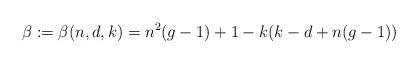
LaTeX: \begin{align*}\beta := \beta(n,d,k) = n^2(g - 1) + 1 - k(k - d + n(g - 1))\end{align*}